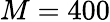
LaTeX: M=400